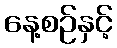
နေ့စဉ်နှင့်